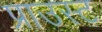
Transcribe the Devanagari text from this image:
प्राउस्ट